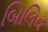
બિલિવ